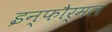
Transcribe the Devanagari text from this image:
इन्फौर्मल